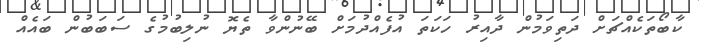
ކާބޯތަކެއްޗަށް ދަތިވަމުން ދާއިރު ހަކަތަ އުފެއްދުމަށް ބޭނުންވާ ތެޔޮ ނުލިބުމުގެ ސަބަބުން ބައެއް